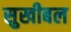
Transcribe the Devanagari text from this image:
सुखीबल